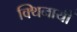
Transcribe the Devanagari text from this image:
क्थिनायीँ